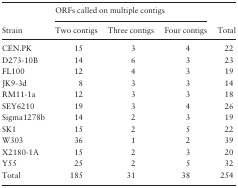
<table><thead><tr><td></td><td colspan="3"><b>ORFs called on multiple contigs</b></td></tr><tr><td><b>Strain</b></td><td><b>Two contigs</b></td><td><b>Three contigs</b></td><td><b>Four contigs</b></td><td><b>Total</b></td></tr></thead><tbody><tr><td>CEN.PK</td><td>15</td><td>3</td><td>4</td><td>22</td></tr><tr><td>D273-10B</td><td>14</td><td>6</td><td>3</td><td>23</td></tr><tr><td>FL100</td><td>12</td><td>4</td><td>3</td><td>19</td></tr><tr><td>JK9-3d</td><td>8</td><td>3</td><td>3</td><td>14</td></tr><tr><td>RM11-1a</td><td>12</td><td>3</td><td>3</td><td>18</td></tr><tr><td>SEY6210</td><td>19</td><td>3</td><td>4</td><td>26</td></tr><tr><td>Sigma1278b</td><td>14</td><td>2</td><td>3</td><td>19</td></tr><tr><td>SK1</td><td>15</td><td>2</td><td>5</td><td>22</td></tr><tr><td>W303</td><td>36</td><td>1</td><td>2</td><td>39</td></tr><tr><td>X2180-1A</td><td>15</td><td>2</td><td>3</td><td>20</td></tr><tr><td>Y55</td><td>25</td><td>2</td><td>5</td><td>32</td></tr><tr><td>Total</td><td>185</td><td>31</td><td>38</td><td>254</td></tr></tbody></table>